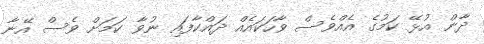
ދާން އުޅޭ ކަމުގެ އެއްވެސް ވާހަކައެއް ދައްކާފައި ނުވާ ކަމަށް ވެސް އޭނާ